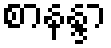
စာနန္ဒာ